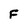
Character: F